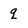
Character: q